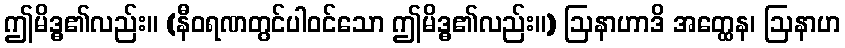
ဤမိဒ္ဓ၏လည်း။ (နီဝရဏတွင်ပါဝင်သော ဤမိဒ္ဓ၏လည်း။) ဩနာဟာဒိ အတ္ထေန၊ ဩနာဟ